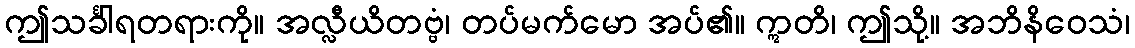
ဤသင်္ခါရတရားကို။ အလ္လီယိတဗ္ဗံ၊ တပ်မက်မော အပ်၏။ ဣတိ၊ ဤသို့။ အဘိနိဝေသံ၊